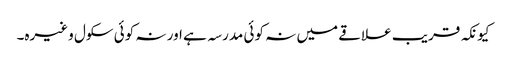
کیونکہ قریب علاقے میں نہ کوئی مدرسہ ہے اور نہ کوئی سکول وغیرہ۔